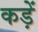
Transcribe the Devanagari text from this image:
कड़ें